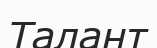
Талант